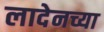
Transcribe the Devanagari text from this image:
लादेनच्या